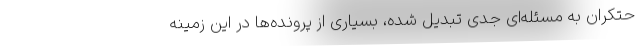
حتکران به مسئله‌ای جدی تبدیل شده، بسیاری از پرونده‌ها در این زمینه